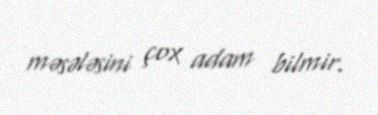
məsələsini çox adam bilmir.